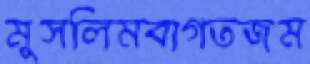
মুসলিমবাগতজম